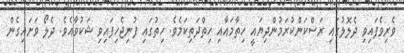
ވެރިވެފައިވި ދެލޮލުގައި ރަސްކަންކުރަމުންދިޔައީ ހިތާމައާއި ހިތްދަތިކަމެވެ. ހިތުގައި ފުނިޖެހިފައިވި ޝަކުވާއެވެ. ދެލޯ ވަށައިގެން